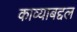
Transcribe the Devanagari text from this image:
काव्याबद्दल